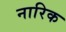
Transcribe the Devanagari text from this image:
नारिक